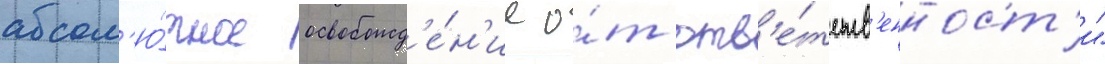
абсол'ю́тное освобожд'е́н'ие о́т отв'е́тств'енност'и"